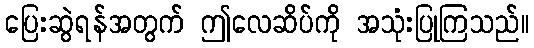
ပြေးဆွဲရန်အတွက် ဤလေဆိပ်ကို အသုံးပြုကြသည်။